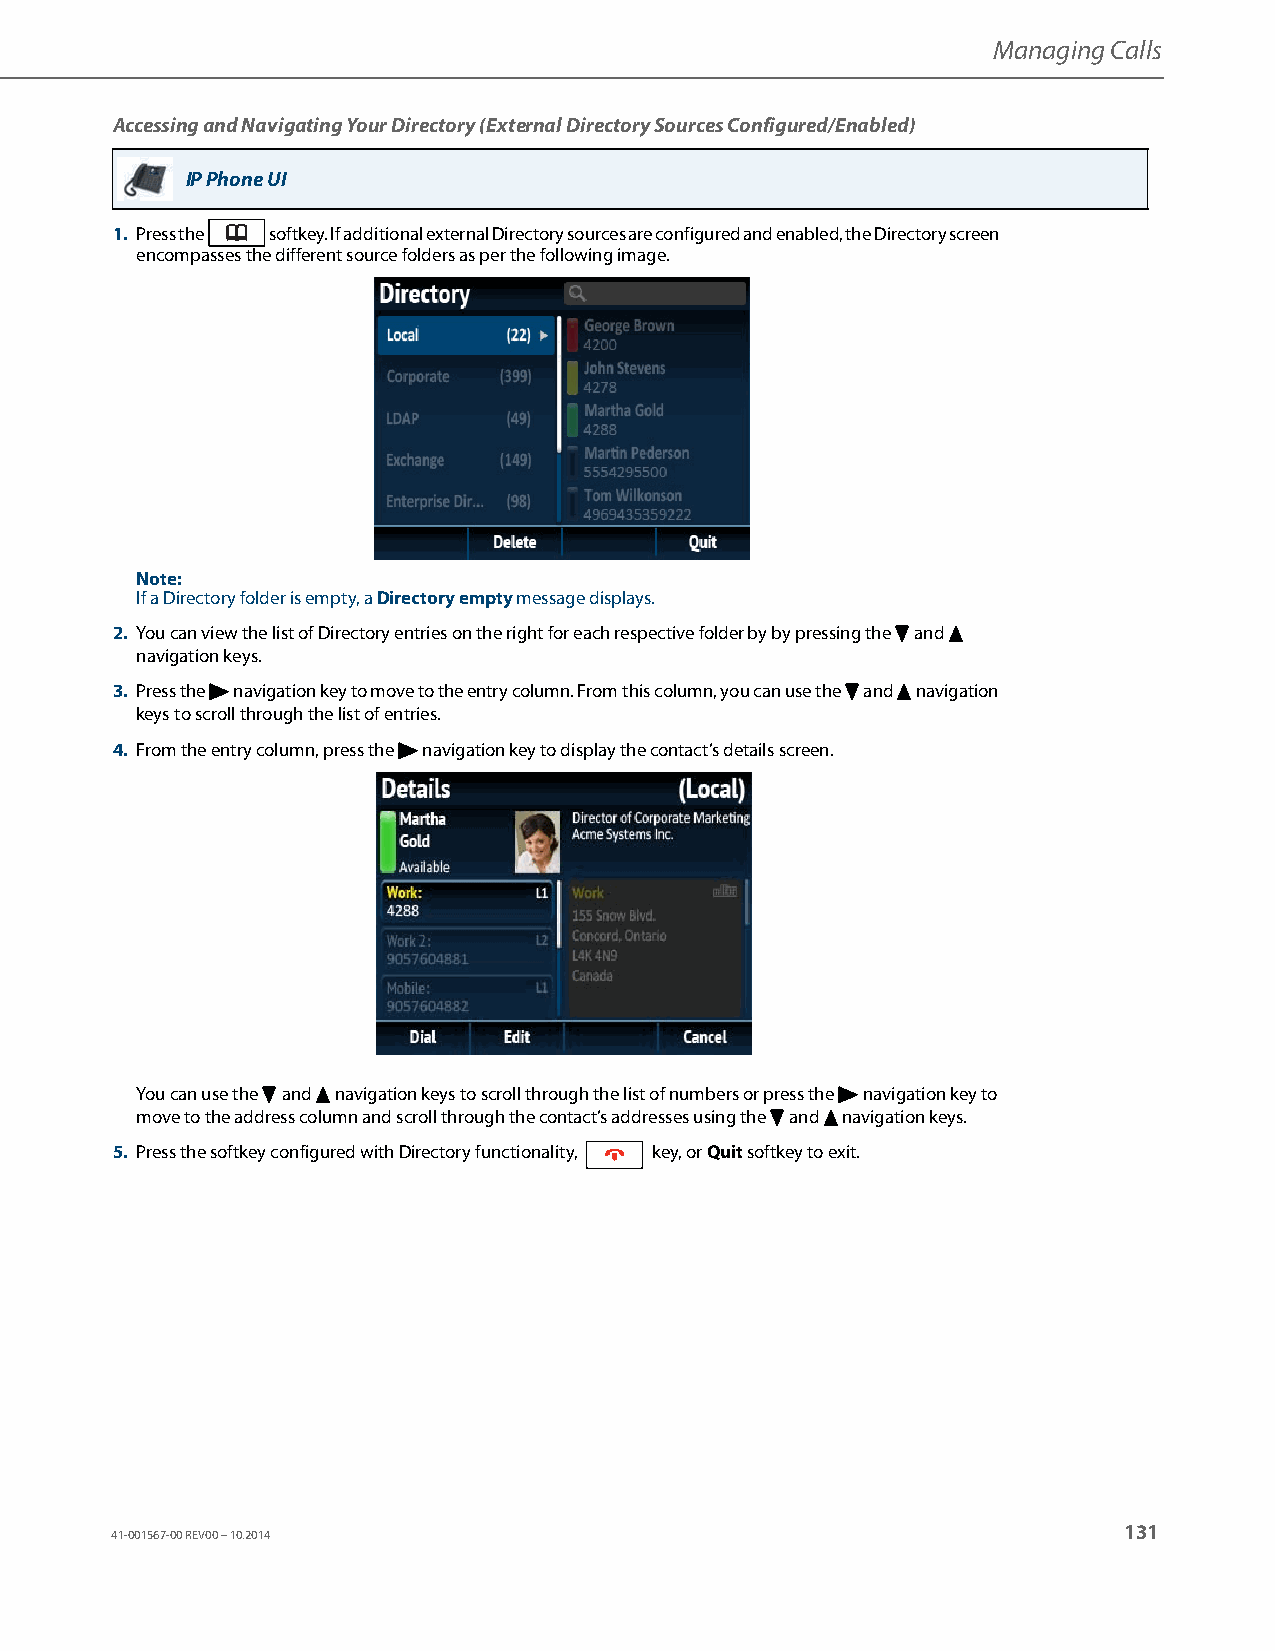
Managing Calls
 Accessing and Navigating Your Directory (External Directory Sources Configured/Enabled)
 IP Phone UI
 1. Press the softkey. If additional external Directory sources are configured and enabled, the Directory screen
 encompasses the different source folders as per the following image.
 Note:
 If a Directory folder is empty, a Directory empty message displays.
 2. You can view the list of Directory entries on the right for each respective folder by by pressing the 2 and 5
 navigation keys.
 3. Press the 4 navigation key to move to the entry column. From this column, you can use the 2 and 5 navigation
 keys to scroll through the list of entries.
 4. From the entry column, press the 4 navigation key to display the contact’s details screen.
 You can use the 2 and 5 navigation keys to scroll through the list of numbers or press the 4 navigation key to
 move to the address column and scroll through the contact’s addresses using the 2 and 5 navigation keys.
 5. Press the softkey configured with Directory functionality, key, or Quit softkey to exit.
 131
 41-001567-00 REV00 – 10.2014